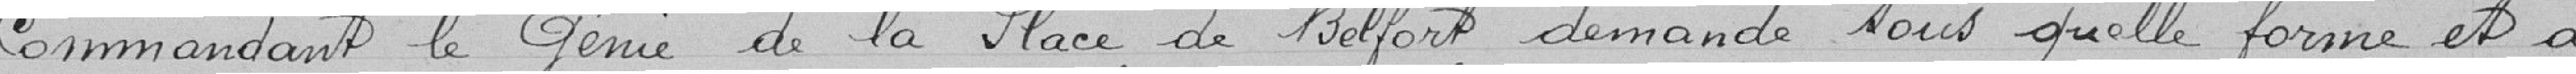
commandant le génie de la place de Belfort demande sous quelle forme et à